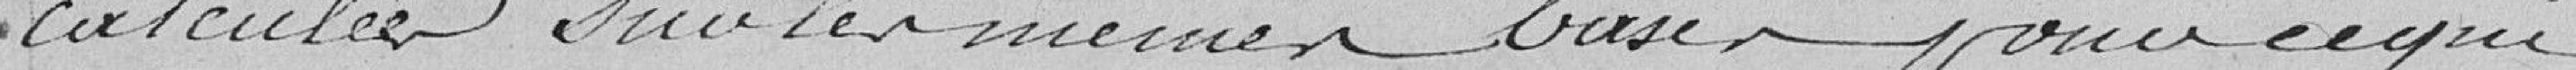
calculées sur la même base pour ce qui